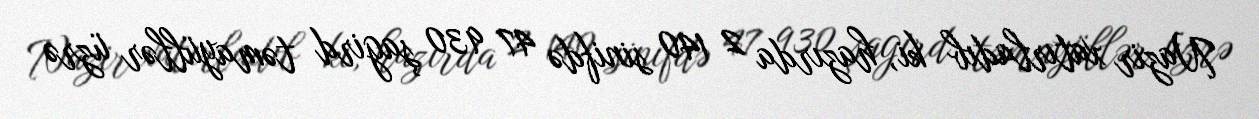
Nazir xatırladıb ki, hazırda 2 140 sinifdə 47 930 şagird təmayüllər üzrə